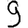
Digit: 9